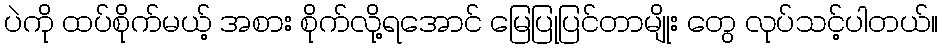
ပဲကို ထပ်စိုက်မယ့် အစား စိုက်လို့ရအောင် မြေပြုပြင်တာမျိုး တွေ လုပ်သင့်ပါတယ်။